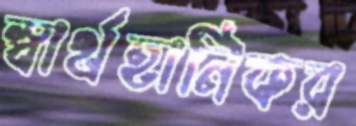
স্বার্থহানিকর